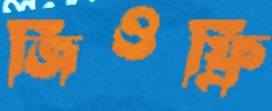
জিওফ্রি